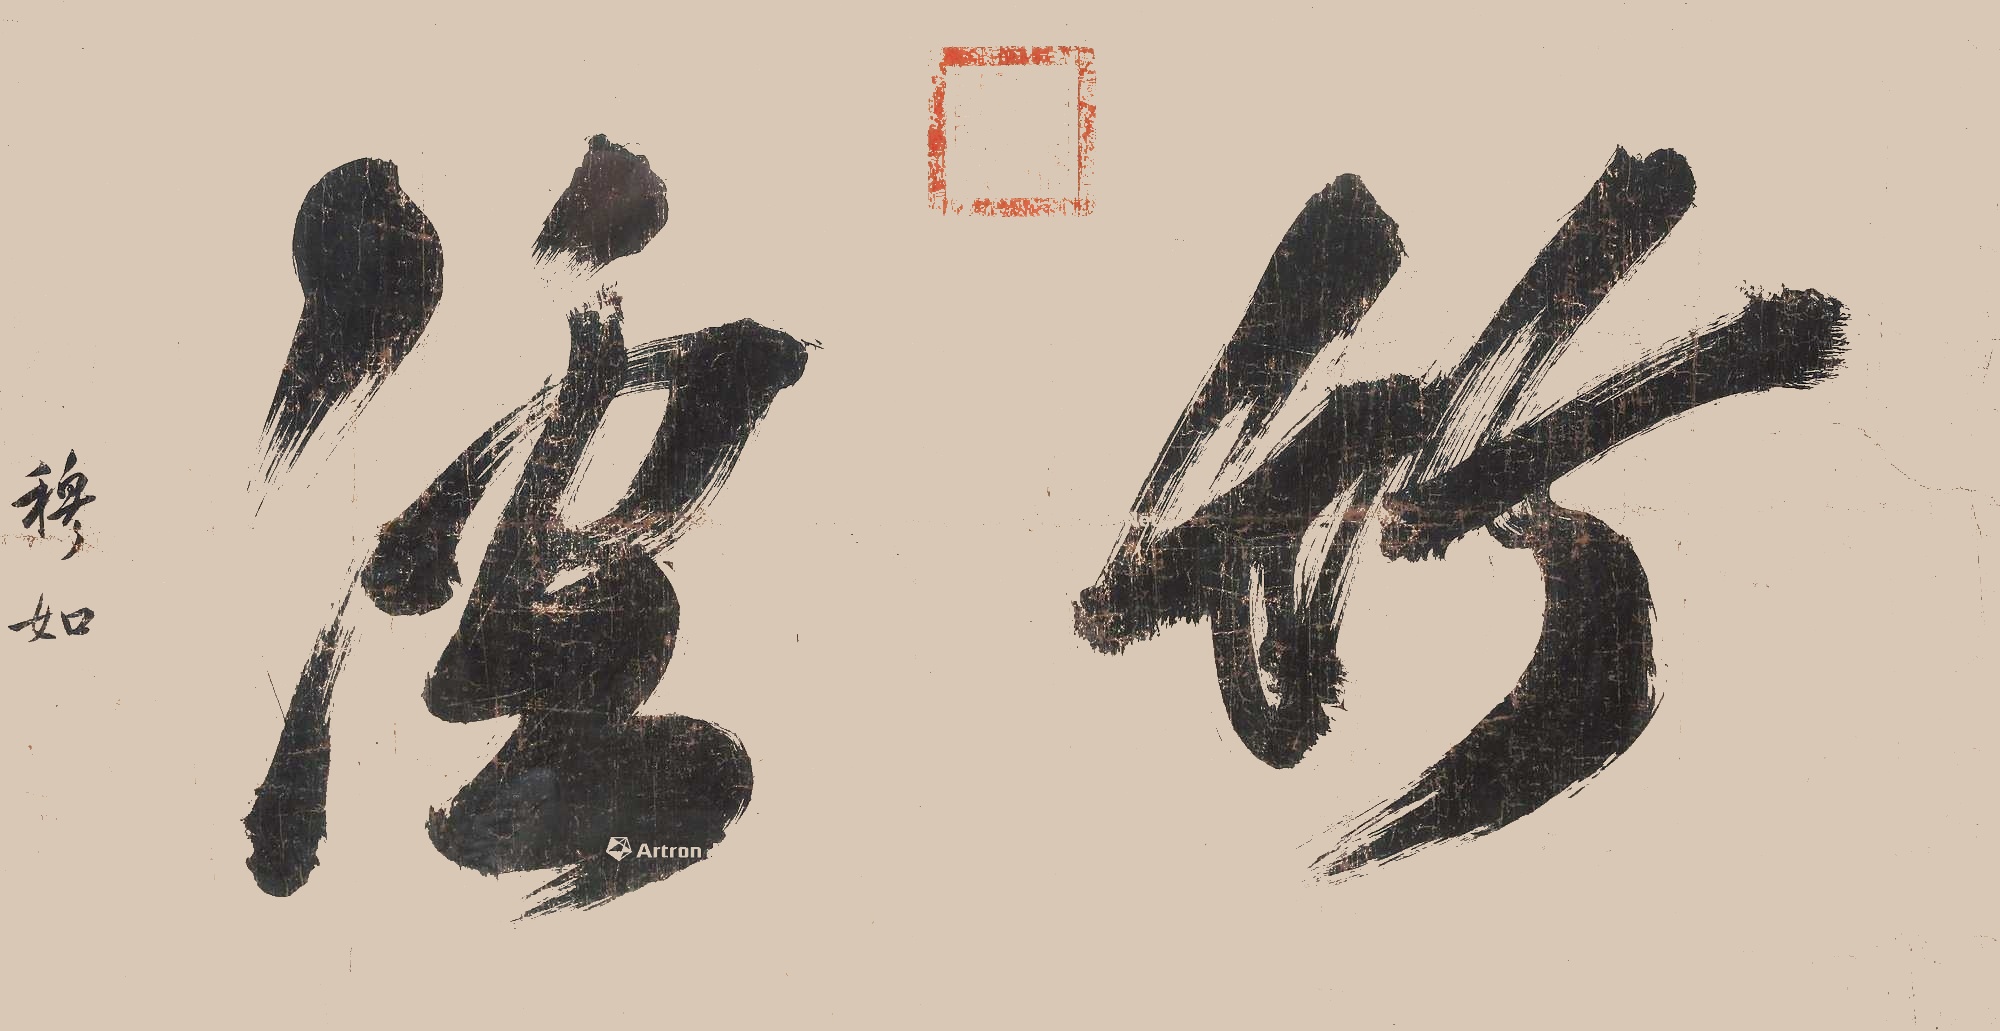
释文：竹沄穆如。